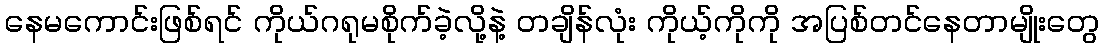
နေမကောင်းဖြစ်ရင် ကိုယ်ဂရုမစိုက်ခဲ့လို့နဲ့ တချိန်လုံး ကိုယ့်ကိုကို အပြစ်တင်နေတာမျိုးတွေ